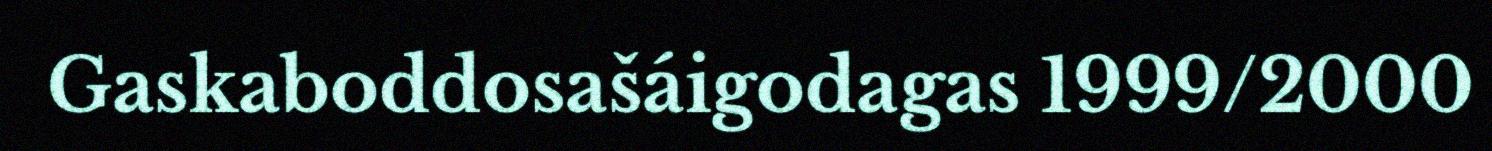
Gaskaboddosašáigodagas 1999/2000